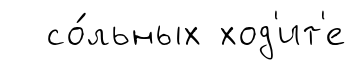
со́льных ход'ит'е